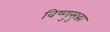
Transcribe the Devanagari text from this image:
विष्णुसुद्धा